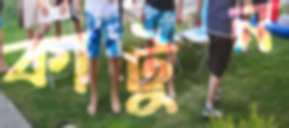
কাটুন